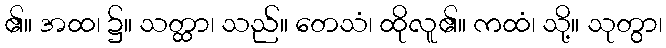
၏။ အထ၊ ၌။ သတ္ထာ၊ သည်။ တေသံ၊ ထိုလူ၏။ ကထံ၊ သို့။ သုတွာ၊